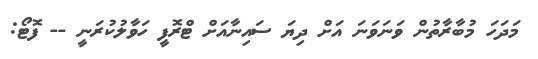
މަދަހަ މުބާރާތުން ވަނަވަނަ އަށް ދިޔަ ސައިނާއަށް ޓްރޮފީ ހަވާލުކުރަނީ -- ފޮޓޯ: